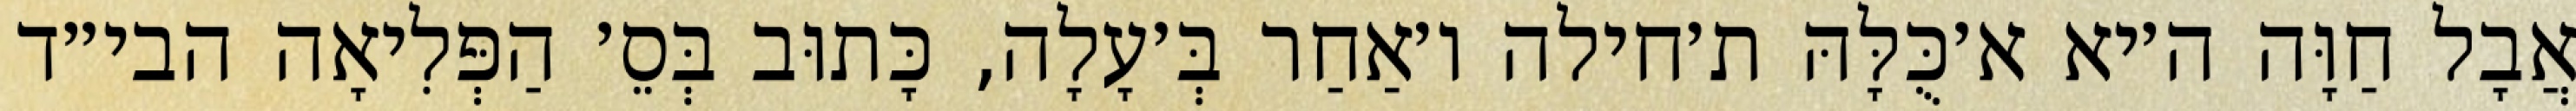
אֲבָל חַוָּה ה׳יא א׳כֻּלָּהּ ת׳חילה ו׳אַחַר בְּ׳עָלָה, כָּתוּב בְּסֵ׳ הַפְּלִיאָה הבי״ד